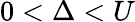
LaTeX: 0<\Delta<U